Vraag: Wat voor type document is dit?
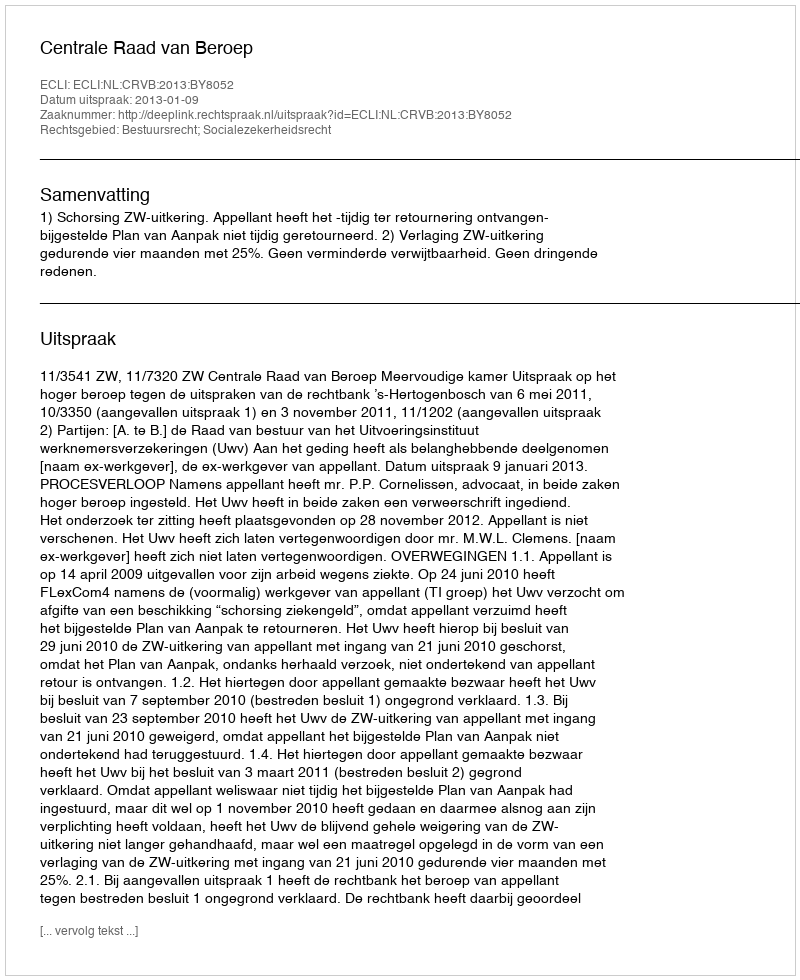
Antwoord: Uitspraak